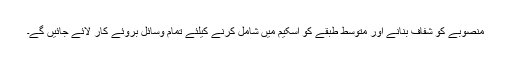
منصوبے کو شفاف بنانے اور متوسط طبقے کو اسکیم میں شامل کرنے کیلئے تمام وسائل بروئے کار لائے جائیں گے۔